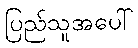
ပြည်သူအပေါ်